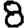
Digit: 8